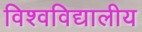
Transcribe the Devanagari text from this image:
विश्वविद्यालीय